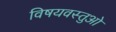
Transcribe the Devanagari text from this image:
विषयवस्तुओ